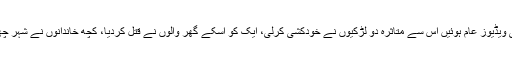
جیسے ہی ویڈیوز عام ہوئیں اس سے متاثرہ دو لڑکیوں نے خودکشی کرلی، ایک کو اسکے گھر والوں نے قتل کردیا، کچھ خاندانوں نے شہر چھوڑ دیے۔